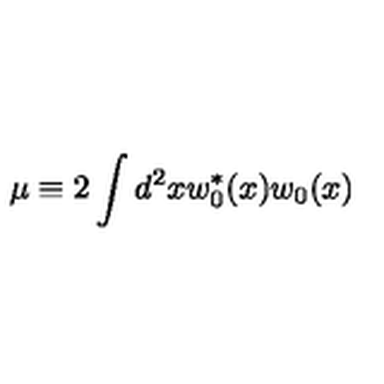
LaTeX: \mu \equiv 2 \int d ^ { 2 } x w _ { 0 } ^ { * } ( x ) w _ { 0 } ( x )